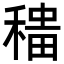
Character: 𫁁